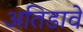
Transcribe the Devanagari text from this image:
अतिडावे